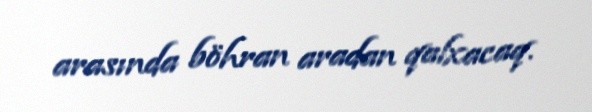
arasında böhran aradan qalxacaq.